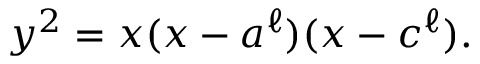
y ^ { 2 } = x ( x - a ^ { \ell } ) ( x - c ^ { \ell } ) .